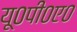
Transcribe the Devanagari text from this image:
यू०पी०ए०